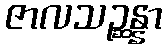
ဇာလသဉ္ဆန္နာ